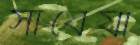
সাবেয়া